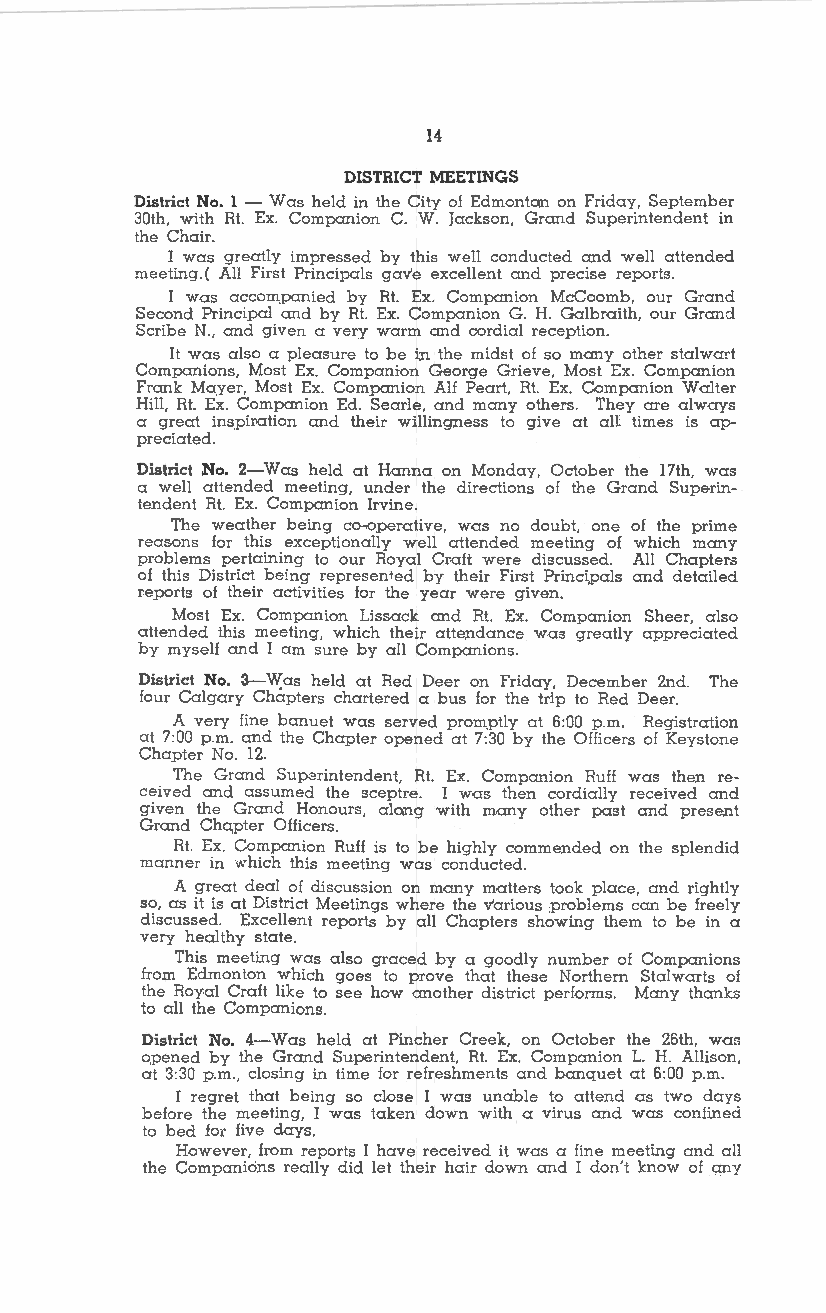
14
 DISTRICT MEETINGS
 District No. l - Was held in the City of EdmontQn on Friday, September
 30th, with Rt. Ex. Companion C. W. Jackson, Grand Superintendent in
 the Chair.
 I was greatly impressed by this well conducted and well attended
 meeting.( Al! First Principals gav'e excellent and precise reports.
 I was accom,panied by Rt. Ex. Companion McCoomb, our Grand
 Second Principal and by Rt. Ex. Companion G. H. Galbraith, our Grand
 Scribe N., and given a very warm and cordial reception.
 It was also a pleasure to be in the midst of so many other stalwart
 Companions, Most Ex. Companion George Grieve, Most Ex. Companion
 Frank Mayer, Most Ex. Companion Alf Peart, Rt. Ex. Companion Walter
 Hill, Rt. Ex. Companion Ed. Searle, and many others. They are always
 a great inspimtion and their willingness to give at all times is ap
 preciated.
 District No. 2-Was held at Hanna on Monday, October the 17th, was
 a well attended meeting, under the directions of the Grand Superin
 tendent Rt. Ex. Companion Irvine.
 The weather being co~operative, w.as no doubt, one of the prime
 reasons for this exceptionally well attended meeting of which many
 problems pertaining to our Royal Cr.aft were discussed. All Chapters
 of this District being represented by their First Princi,pals and detailed
 re.ports of their activities for the year were given.
 Most Ex. Companion Lissack and Rt. Ex. Companion Sheer, also
 attended this meeting, which their atte,ndance was greatly appreciated
 by myself and I am sure by all Companions.
 District No. 3-~as held at Red Deer on Friday, December 2nd. The
 four Calgary Chapters chartered a bus for the trip to Red Deer.
 A very fine banuet was served prom,ptly at 6:00 p.m. Registration
 at 7:00 p.m. and the Chapter opened at 7:30 by the Officers of Keystone
 Chapter No. 12.
 The Grand Superintendent, Rt. Ex. Companion Ruff was the,n re
 ceived and assumed the sceptre. I was then cordially received and
 given the Grand Honours, alQTig with many other past and prese,nt
 Grand Cha;pter Officers.
 Rt. Ex. Companion Ruff is to be highly commended on the splendid
 manner in which this meeting was conducted.
 A great deal of discussion on many matters took place, and rightly
 so, as it is at District Meetings where the v'arious :Problems can be freely
 discussed. Excellent reports by all Chapters showing them to be in a
 very healthy state.
 This meeting was also graced by a goodly number of Companions
 from Edmonton which goes to prove that these Northern Stalwarts of
 the Royal Craft like to see how another district performs. Many thanks
 to all the Companions.
 District No. 4-Was held at Pincher Creek, on October the 26th, was
 opened by the Grand Superintendent, Rt. Ex. Companion L. H. Allison,
 at 3:30 p.m., closing in time for refreshments and banquet at 6:00 p.m.
 I regret that being so dose I was unable to attend as two days
 before the meeting, I was taken down with a virus and was confined
 to bed for five days.
 However, from reports I have received it was a fine meeting and all
 the Companions really did let their hair down and I don't know of any